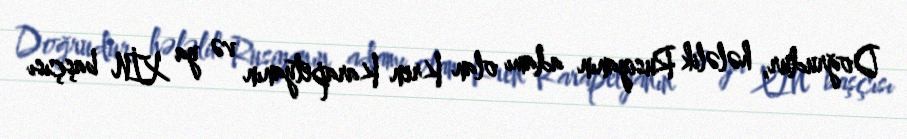
Doğrudur, hələlik Rusiyanın adamı olan Kren Karapetyanın və ya XİN başçısı